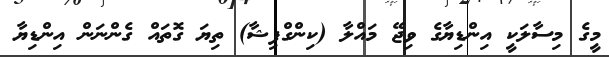
މީގެ މިސާލަކީ އިންޑިޔާގެ ވިޖޭ މައްލާ (ކިންގްފިޝާ) ތިޔަ ގޮތައް ގެންނަން އިންޑިޔާ